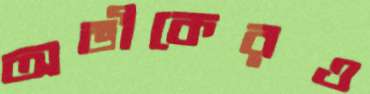
অভীকেরও